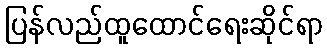
ပြန်လည်ထူထောင်ရေးဆိုင်ရာ